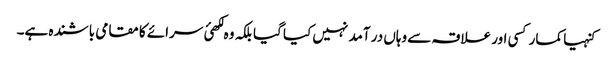
کنہیا کمار کسی اور علاقہ سے وہاں در آمد نہیں کیا گیا بلکہ وہ لکھئ سرائے کا مقامی باشندہ ہے۔